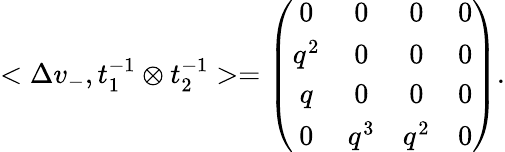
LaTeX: <\Delta v_{-},t_{1}^{-1}\otimes t_{2}^{-1}>=\left(\begin{array}{cccc}{{0}}&{{0}}&{{0}}&{{0}}\\ {{q^{2}}}&{{0}}&{{0}}&{{0}}\\ {{q}}&{{0}}&{{0}}&{{0}}\\ {{0}}&{{q^{3}}}&{{q^{2}}}&{{0}}\end{array}\right).